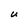
Character: U